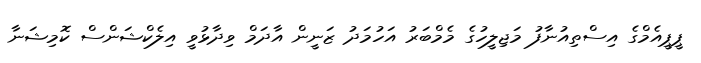
ޕީޕީއެމްގެ އިސްތިއުނާފު މަޖިލީހުގެ މެމްބަރު އަހުމަދު ޒަނީން އާދަމް ވިދާޅުވީ އިލެކްޝަންސް ކޮމިޝަނާ